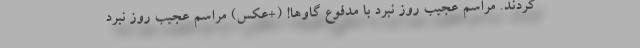
کردند. مراسم عجیب روز نبرد با مدفوع گاوها! (+عکس) مراسم عجیب روز نبرد